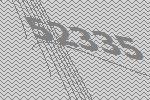
52335